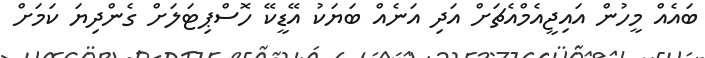
ބައެއް މީހުން އައިޖީއެމްއެޗަށް އަދި އަނެއް ބަޔަކު އޭޑީކޭ ހޮސްޕިޓަލަށް ގެންދިޔަ ކަމަށް